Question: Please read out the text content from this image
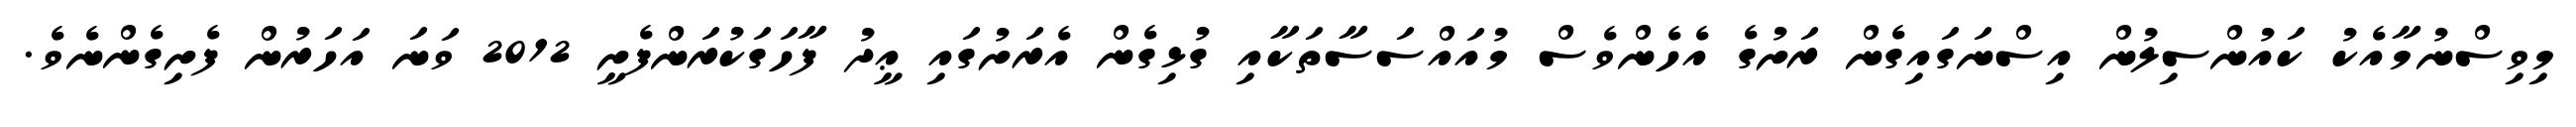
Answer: މިވިސްނުމާއެކު ކައުންސިލުން އިސްނަގައިގެން ރަށުގެ އެހެންވެސް މުއައްސަސާތަކާއި ގުޅިގެން އެރަށުގައި ޢީދު ފާހަގަކުރަންފެށީ 2012 ވަނަ އަހަރުން ފެށިގެންނެވެ.